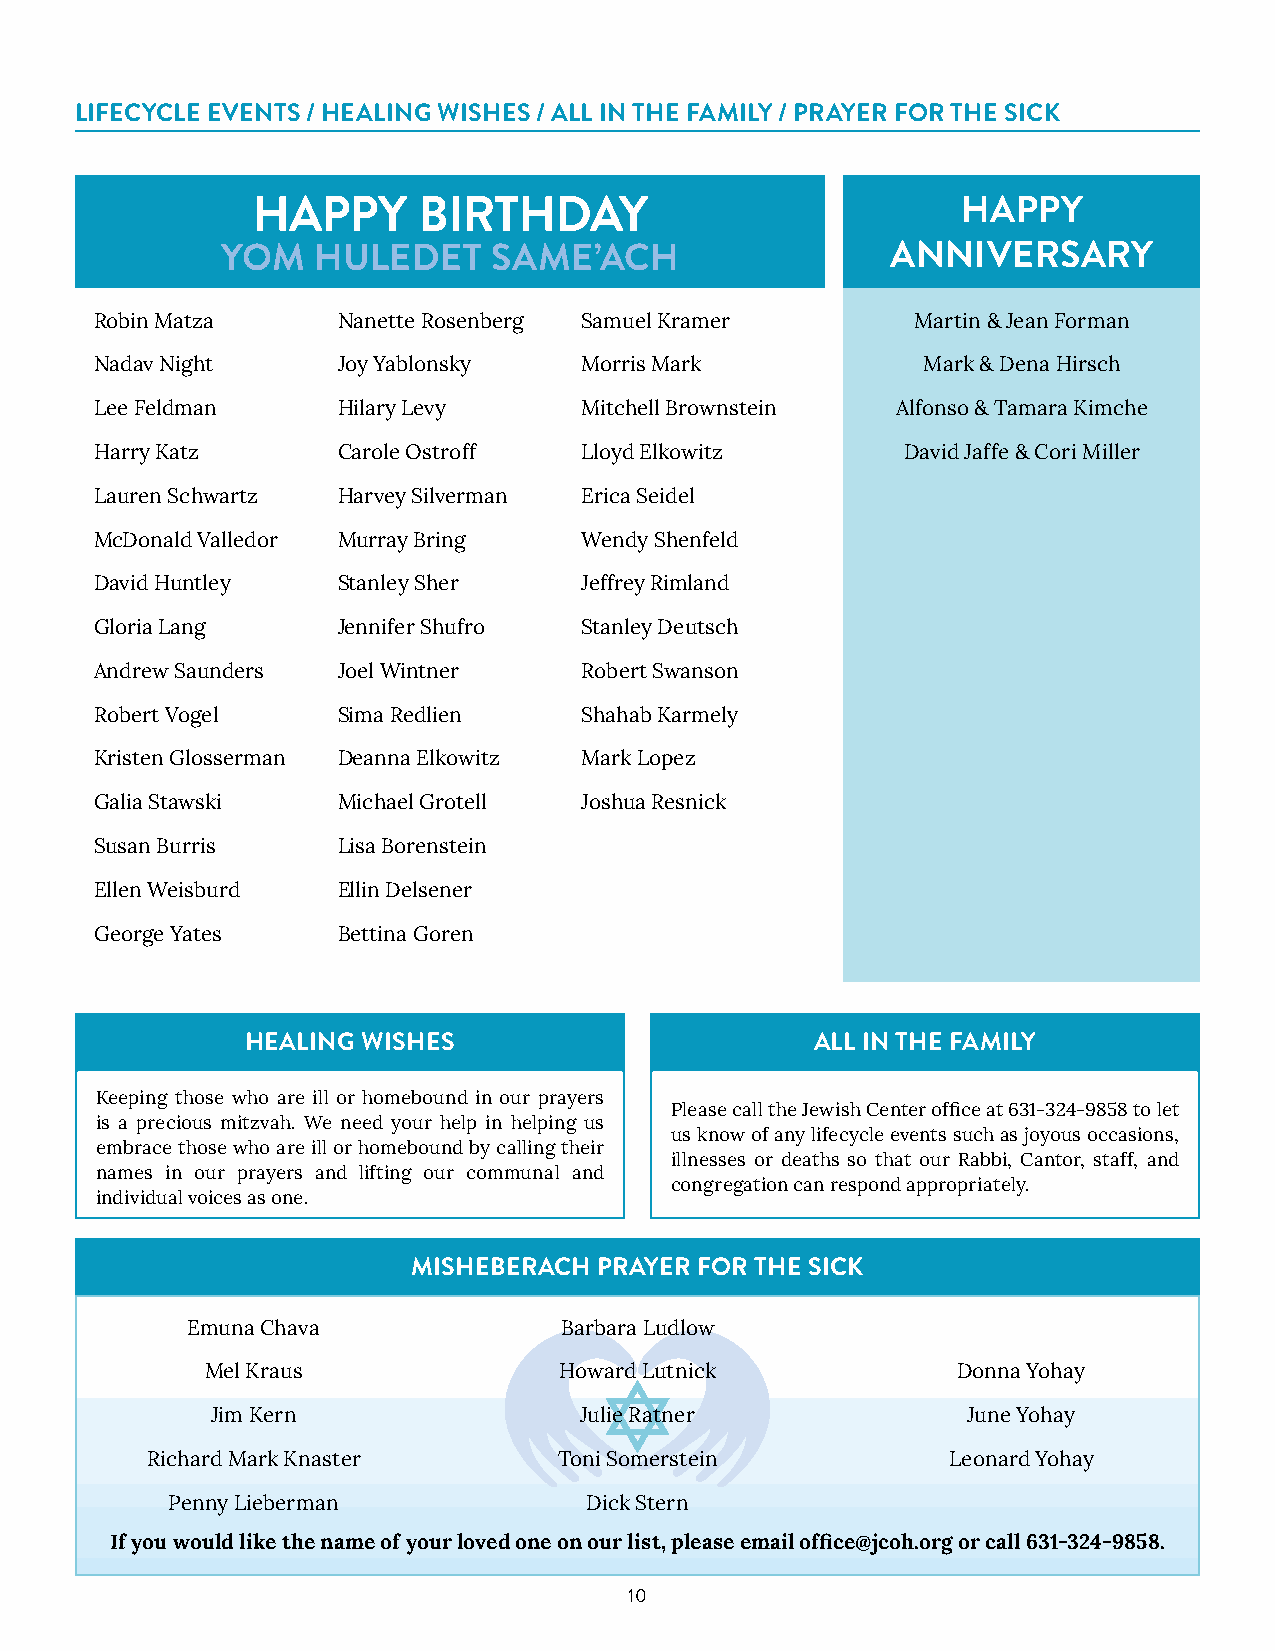
LIFECYCLE EVENTS / HEALING WISHES / ALL IN THE FAMILY / PRAYER FOR THE SICK
 HAPPY      BIRTHDAY                            HAPPY
 YOM   HULEDET     SAME’ACH                  ANNIVERSARY
 Robin Matza     Nanette Rosenberg Samuel Kramer       Martin & Jean Forman
 Nadav Night     Joy Yablonsky   Morris Mark            Mark & Dena Hirsch
 Lee Feldman     Hilary Levy     Mitchell Brownstein  Alfonso & Tamara Kimche
 Harry Katz      Carole Ostroff  Lloyd Elkowitz        David Jaffe & Cori Miller
 Lauren Schwartz Harvey Silverman Erica Seidel
 McDonald Valledor Murray Bring  Wendy Shenfeld
 David Huntley   Stanley Sher    Jeffrey Rimland
 Gloria Lang     Jennifer Shufro Stanley Deutsch
 Andrew Saunders Joel Wintner    Robert Swanson
 Robert Vogel    Sima Redlien    Shahab Karmely
 Kristen Glosserman Deanna Elkowitz Mark Lopez
 Galia Stawski   Michael Grotell Joshua Resnick
 Susan Burris    Lisa Borenstein
 Ellen Weisburd  Ellin Delsener
 George Yates    Bettina Goren
 HEALING WISHES                        ALL IN THE FAMILY
 Keeping those who are ill or homebound in our prayers
 Please call the Jewish Center office at 631-324-9858 to let
 is a precious mitzvah. We need your help in helping us
 us know of any lifecycle events such as joyous occasions,
 embrace those who are ill or homebound by calling their
 illnesses or deaths so that our Rabbi, Cantor, staff, and
 names in our prayers and lifting our communal and
 congregation can respond appropriately.
 individual voices as one.
 MISHEBERACH  PRAYER FOR THE SICK
 Emuna Chava              Barbara Ludlow
 Mel Kraus              Howard Lutnick            Donna Yohay
 Jim Kern                Julie Ratner              June Yohay
 Richard Mark Knaster       Toni Somerstein           Leonard Yohay
 Penny Lieberman             Dick Stern
 If you would like the name of your loved one on our list, please email office@jcoh.org or call 631-324-9858.
 10